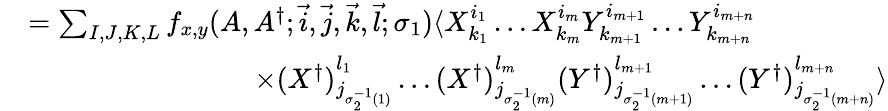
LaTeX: \begin{array}{rl}{}&{=\sum_{I,J,K,L}f_{x,y}(A,A^{\dagger};\vec{i},\vec{j},\vec{k},\vec{l};\sigma_{1})\langle X_{k_{1}}^{i_{1}}\dots X_{k_{m}}^{i_{m}}Y_{k_{m+1}}^{i_{m+1}}\dots Y_{k_{m+n}}^{i_{m+n}}}\\ {}&{\qquad\qquad\qquad\qquad\times(X^{\dagger})_{j_{\sigma_{2}^{-1}(1)}}^{l_{1}}\dots(X^{\dagger})_{j_{\sigma_{2}^{-1}(m)}}^{l_{m}}(Y^{\dagger})_{j_{\sigma_{2}^{-1}(m+1)}}^{l_{m+1}}\dots(Y^{\dagger})_{j_{\sigma_{2}^{-1}(m+n)}}^{l_{m+n}}\rangle}\end{array}